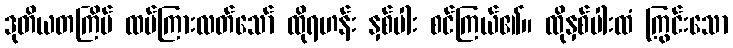
ဒုတိယတကြိမ် ထပ်ကြားလတ်သော် ထိုရဟန်း နှစ်ပါး စင်ကြယ်၏။ ထိုနှစ်ပါးထံ ကြွင်းသော